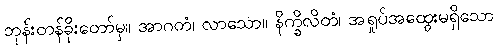
ဘုန်းတန်ခိုးတော်မှ။ အာဂတံ၊ လာသော။ နိက္ခိလိတံ၊ အရှုပ်အထွေးမရှိသော